Vaccination in the Punjab 1919-1929 - 1919-1929
Year: 1919
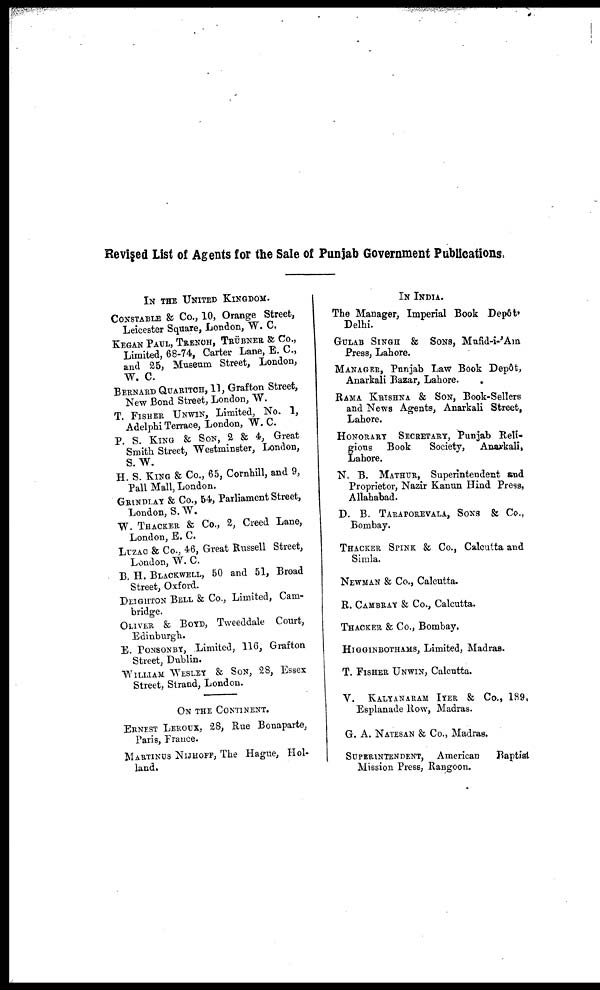
Revised List of Agents for the Sale of Punjab Government Publications.
IN THE UNITED KINGDOM.
CONSTABEL & CO., 10, Orange Street,
Leicester Square, London, W. C.
KEGAN PAUL, TRENOH, TBÜBNER & Co.,
Limited, 68-74, Carter Lane, E. C.,
and 25, Museum Street, London,
W. C.
BERNARD QUARITCH, 11, Grafton Street,
New Bond Street, London, W.
T. FISHER UNWIN, Limited, No. 1,
Adelphi Terrace, London, W. C.
P. S. KING & SON, 2 & 4, Great
Smith Street, Westminster, London,
S. W.
H. S. KING & Co., 65, Cornhill, and 9,
Pall Mall, London.
GRINDLAY & Co., 54, Parliament Street,
London, S. W.
W. THACKER & Co., 2, Creed Lane,
London, E. C.
LUZAC & Co., 46, Great Russell Street,
London, W. C.
B. H. BLACKWELL, 50 and 51, Broad
Street, Oxford.
DEIGHTON BELL & Co., Limited, Cam-
bridge.
OLIVER & BOYD, Tweeddale Court,
Edinburgh.
E. PONSONBY, Limited, 116, Grafton
Street, Dublin.
WILLIAM WESLEY & SON, 28, ESSEX
Street, Strand, London.
ON THE CONTINENT.
ERNEST LEROUX, 28, Rue Bonaparte,
Paris, France.
MARTINUS NIJHOFF, The Hague, Hol-
land.
IN INDIA.
The Manager, Imperial Book Depôt,
Delhi.
GULAB SINGH & SONS, Mufid-i-'Am
Press, Lahore.
MANAGER, Punjab Law Book Depôt,
Anarkali Bazar, Lahore.
.
RAMA KRISHNA & SON, Book-Sellers
and News Agents, Anarkali Street,
Lahore.
HONORARY SECRETARY, Punjab Reli-
gious Book
Society,
Anarkali,
Lahore.
N. B. MATHUR, Superintendent and
Proprietor, Nazir Kanun Hind Press,
Allahabad.
D. B. TARAPOREVALA, SONS & Co.,
Bombay.
THACKER SPINK & Co., Calcutta and
Simla.
NEWMAN & Co., Calcutta.
R. CAMBRAY & Co., Calcutta.
THACKER & Co., Bombay.
HIGGINBOTHAMS, Limited, Madras.
T. FISHER UNWIN, Calcutta.
V. KALYANARAM IYER & Co., 189,
Esplanade Row, Madras.
G. A. NATESAN & Co., Madras.
SUPERINTENDENT, American
Baptist
Mission Press, Rangoon.